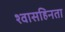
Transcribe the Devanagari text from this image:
श्वासहिनता